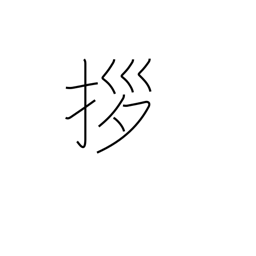
Meaning: draw close